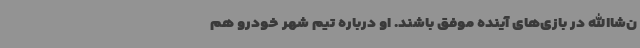
ن‌شاالله در بازی‌های آینده موفق باشند. او درباره تیم شهر خودرو هم